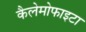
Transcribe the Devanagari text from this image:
कैलेमोफाइटा